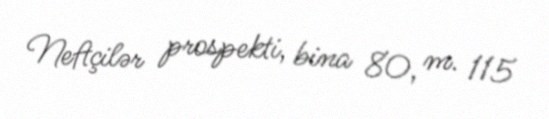
Neftçilər prospekti, bina 80, m. 115